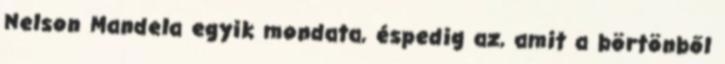
Nelson Mandela egyik mondata, éspedig az, amit a börtönből